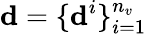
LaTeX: \mathbf{d}=\{ \mathbf{d}^{i}\} _{i=1}^{n_{v}}